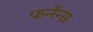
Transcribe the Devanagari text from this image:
फर्नेन्स